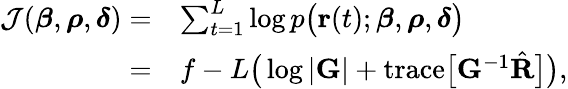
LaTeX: \begin{array}{rl}{\mathcal{J}(\boldsymbol{\beta},\boldsymbol{\rho},\boldsymbol{\delta})=}&{\sum_{t=1}^{L}\log\mathnormal{p}\big(\mathbf{r}(t);\boldsymbol{\beta},\boldsymbol{\rho},\boldsymbol{\delta}\big)}\\ {=}&{f-L\big(\log\vert\mathbf{G}\vert+\mathrm{trace}\big[\mathbf{G}^{-1}\hat{\mathbf{R}}\big]\big),}\end{array}